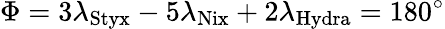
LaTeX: \Phi=3\lambda_{\mathrm{{Styx}}}-5\lambda_{\mathrm{{Nix}}}+2\lambda_{\mathrm{{Hydra}}}=180^{\circ}